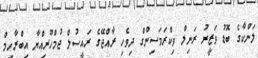
ލަންކާގެ ބޮޑު ވަޒީރު ރަނިލް ވިކްރަމަސިންގް ދިވެހި ރާއްޖޭގެ ރައީސުލް ޖުމްހޫރިއްޔާ އިބްރާހިމް